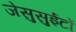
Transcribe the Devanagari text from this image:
जेसुसुईटों